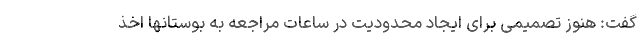
گفت: هنوز تصمیمی برای ایجاد محدودیت در ساعات مراجعه به بوستانها اخذ